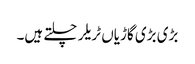
بڑی بڑی گاڑیاں ٹریلر چلتے ہیں۔